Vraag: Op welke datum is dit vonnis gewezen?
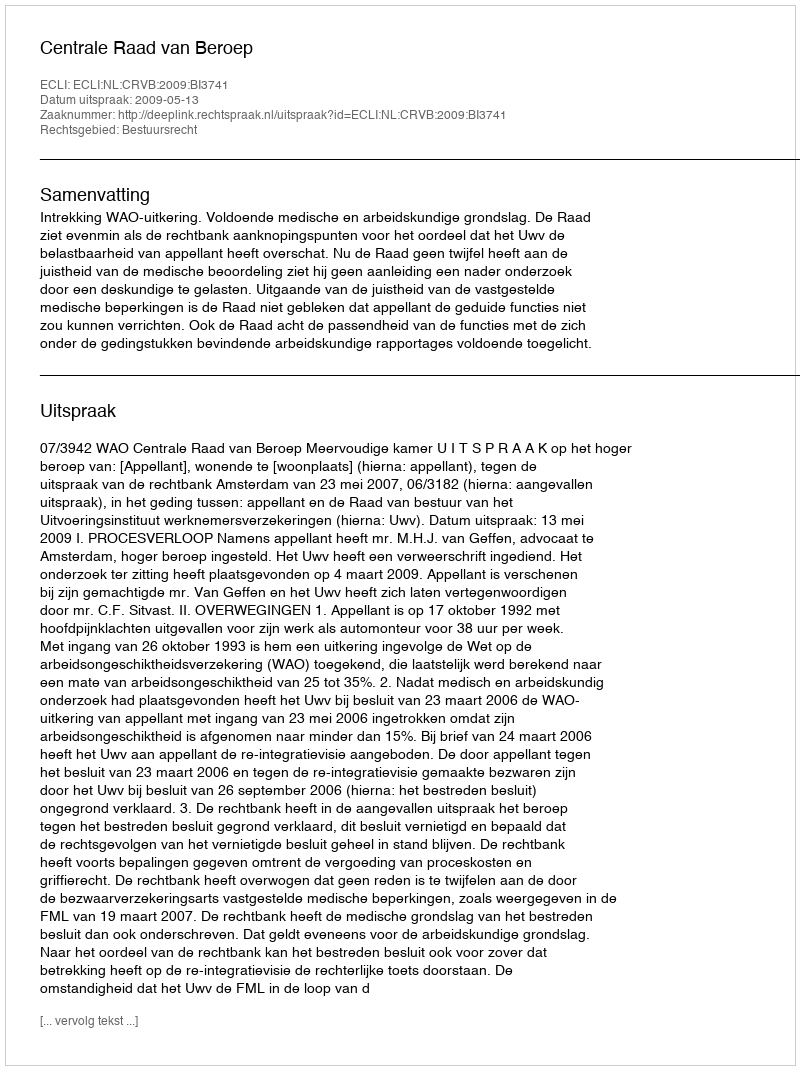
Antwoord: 2009-05-13